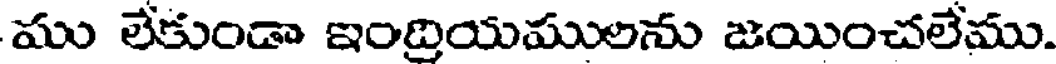
ము లేకుండా ఇంద్రియములను జయించలేము.